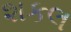
શકલ